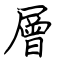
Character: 層